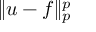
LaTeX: \| u - f \| _ { p } ^ { p }